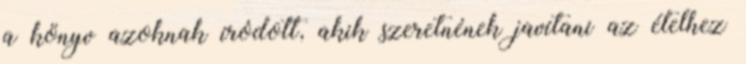
a könyv azoknak íródott, akik szeretnének javítani az ételhez